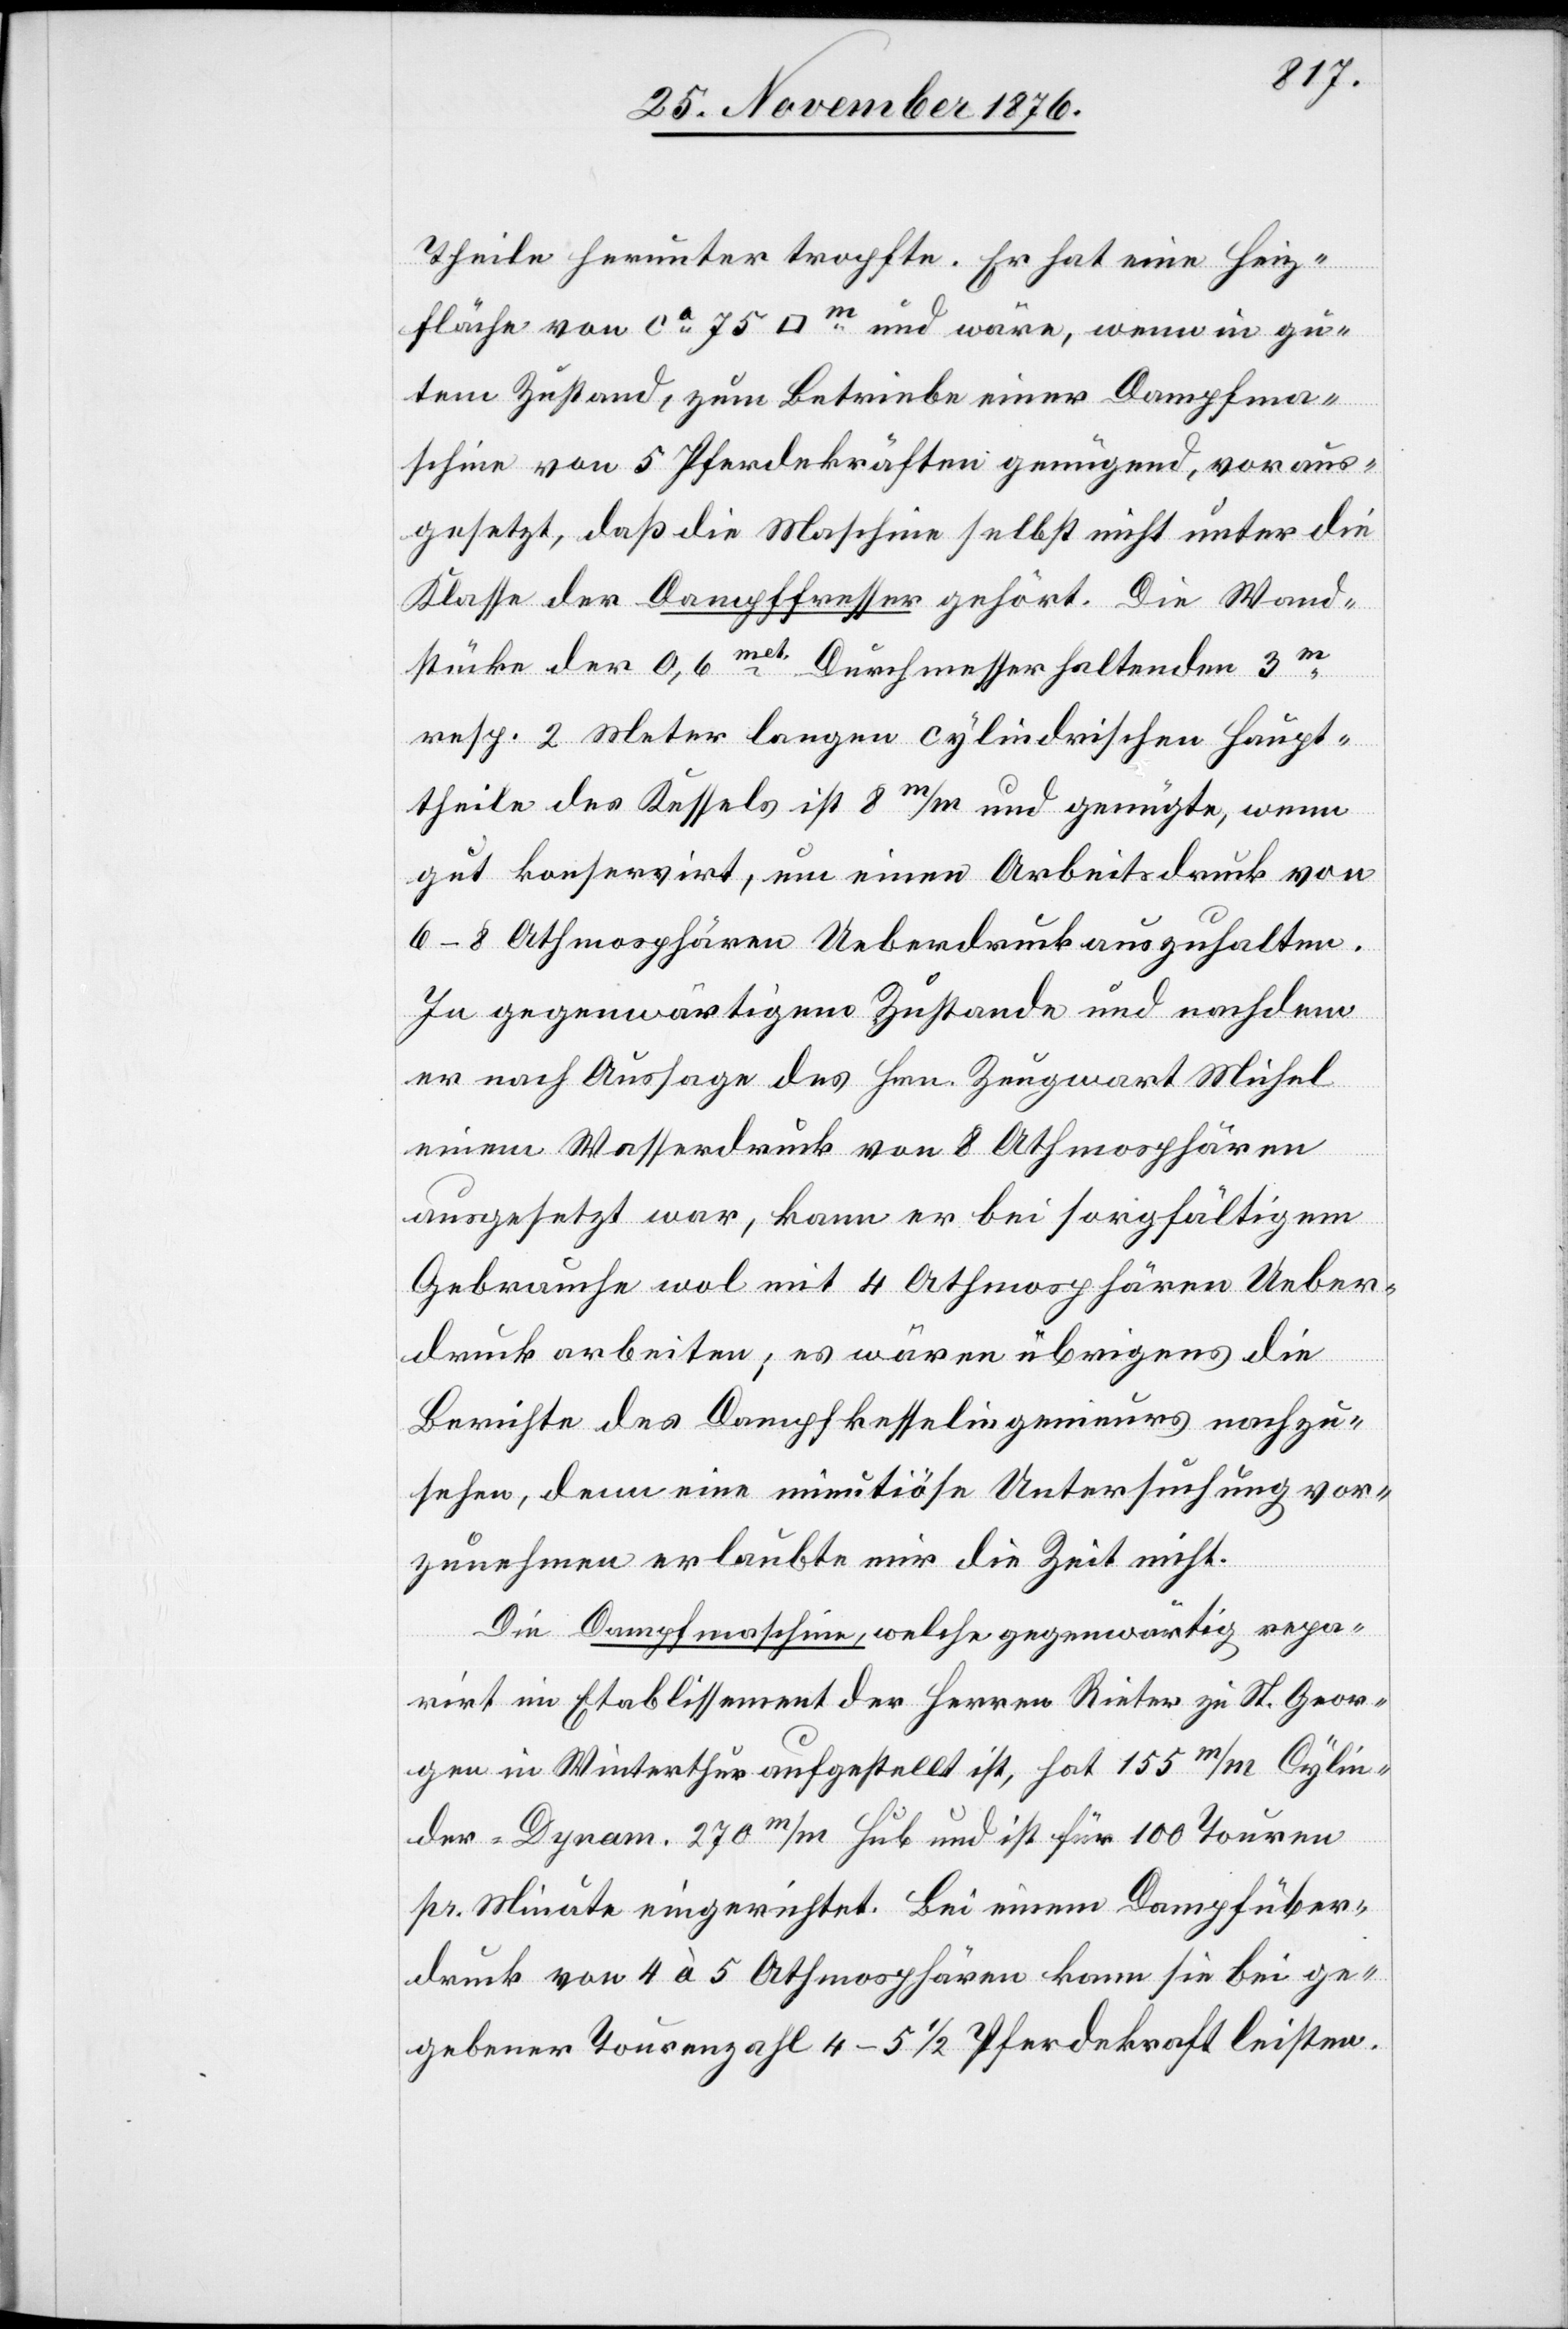
Theile herunter tropfte. Er hat eine Heiz¬
fläche von ca 75 [Quadratmeter] und wäre, wenn in gu¬
tem Zustand, zum Betriebe einer Dampfma¬
schine von 5 Pferdekräften genügend, voraus¬
gesetzt, daß die Maschine selbst nicht unter die
Klasse der Dampffresser gehört. Die Wands¬
stück] der 0,6met. Durchmesser haltenden 3m
resp. 2 Meter langen cylindrischen Haupt¬
theile des Kessels ist 8m/m und genügte, wenn
gut konservirt, um einen Arbeitsdruck von
6–8 Athmosphären Ueberdruck auszuhalten.
In gegenwärtigem Zustande und nachdem
er nach Aussage des Hrn. Zeugwart Michel
einem Wasserdruck von 8 Athmosphären
ausgesetzt war, kann er bei sorgfältigem
Gebrauche wol mit 4 Athmosphären Ueber¬
druck arbeiten; es wären übrigens die
Berichte des Dampfkesselingenieurs nachzu¬
sehen, denn eine minutiöse Untersuchung vor¬
Wand¬
zunehmen erlaubte nur die Zeit nicht.
Die Dampfmaschine, welche gegenwärtig repa¬
rirt im Etablissement der Herren Rieter zu St. Geor¬
gen in Winterthur aufgestellt ist, hat 155m/m Cylin¬
der-Dynam. 270m/m Hub und ist für 100 touren
pr. Minute eingerichtet. Bei einem Dampfüber¬
druck von 4 à 5 Athmosphären kann sie bei ge¬
gebener Tourenzahl 4–5 1/2 Pferdekraft leisten.